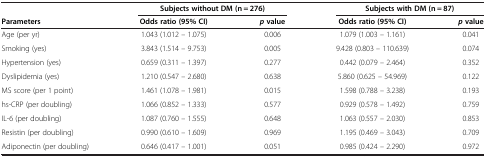
<table><thead><tr><td><b> </b></td><td colspan="2"><b>Subjects without DM (n = 276)</b></td><td colspan="2"><b>Subjects with DM (n = 87)</b></td></tr><tr><td><b>Parameters</b></td><td><b>Odds ratio (95% CI)</b></td><td><b><i>p</i>value</b></td><td><b>Odds ratio (95% CI)</b></td><td><b><i>p</i>value</b></td></tr></thead><tbody><tr><td>Age (per yr)</td><td>1.043 (1.012 – 1.075)</td><td>0.006</td><td>1.079 (1.003 – 1.161)</td><td>0.041</td></tr><tr><td>Smoking (yes)</td><td>3.843 (1.514 – 9.753)</td><td>0.005</td><td>9.428 (0.803 – 110.639)</td><td>0.074</td></tr><tr><td>Hypertension (yes)</td><td>0.659 (0.311 – 1.397)</td><td>0.277</td><td>0.442 (0.079 – 2.464)</td><td>0.352</td></tr><tr><td>Dyslipidemia (yes)</td><td>1.210 (0.547 – 2.680)</td><td>0.638</td><td>5.860 (0.625 – 54.969)</td><td>0.122</td></tr><tr><td>MS score (per 1 point)</td><td>1.461 (1.078 – 1.981)</td><td>0.015</td><td>1.598 (0.788 – 3.238)</td><td>0.193</td></tr><tr><td>hs-CRP (per doubling)</td><td>1.066 (0.852 – 1.333)</td><td>0.577</td><td>0.929 (0.578 – 1.492)</td><td>0.759</td></tr><tr><td>IL-6 (per doubling)</td><td>1.087 (0.760 – 1.555)</td><td>0.648</td><td>1.063 (0.557 – 2.030)</td><td>0.853</td></tr><tr><td>Resistin (per doubling)</td><td>0.990 (0.610 – 1.609)</td><td>0.969</td><td>1.195 (0.469 – 3.043)</td><td>0.709</td></tr><tr><td>Adiponectin (per doubling)</td><td>0.646 (0.417 – 1.001)</td><td>0.051</td><td>0.985 (0.424 – 2.290)</td><td>0.972</td></tr></tbody></table>